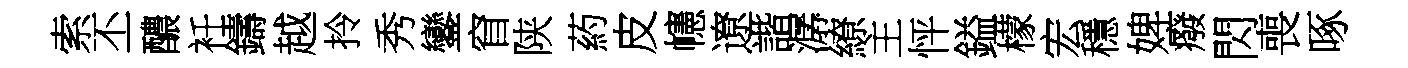
索丕醲衽鑄越拎秀鑾窅陕葯皮幰遼諧潺繚主怦鎰檬宏穩婢癈閃喪啄